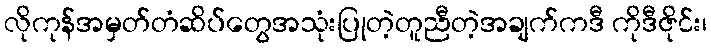
လိုကုန်အမှတ်တံဆိပ်တွေအသုံးပြုတဲ့တူညီတဲ့အချက်ကဒီ ကိုဒီဇိုင်း၊